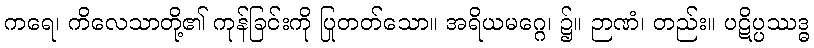
ကရေ၊ ကိလေသာတို့၏ ကုန်ခြင်းကို ပြုတတ်သော။ အရိယမဂ္ဂေ၊ ၌။ ဉာဏံ၊ တည်း။ ပဋိပ္ပဿဒ္ဓ